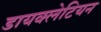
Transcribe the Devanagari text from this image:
डायक्लेटियन